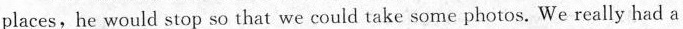
places, he would stop so that we could take some photos. We really had a